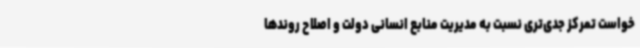
خواست تمرکز جدی‌تری نسبت به مدیریت منابع انسانی دولت و اصلاح روندها